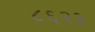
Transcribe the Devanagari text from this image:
८६२३